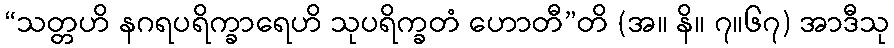
“သတ္တဟိ နဂရပရိက္ခာရေဟိ သုပရိက္ခတံ ဟောတီ”တိ (အ။ နိ။ ၇။၆၇) အာဒီသု